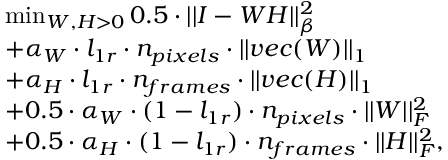
\begin{array} { r l } & { \operatorname* { m i n } _ { W , H > 0 } 0 . 5 \cdot | | I - W H | | _ { \beta } ^ { 2 } } \\ & { + \alpha _ { W } \cdot l _ { 1 r } \cdot n _ { p i x e l s } \cdot | | v e c ( W ) | | _ { 1 } } \\ & { + \alpha _ { H } \cdot l _ { 1 r } \cdot n _ { f r a m e s } \cdot | | v e c ( H ) | | _ { 1 } } \\ & { + 0 . 5 \cdot \alpha _ { W } \cdot ( 1 - l _ { 1 r } ) \cdot n _ { p i x e l s } \cdot | | W | | _ { F } ^ { 2 } } \\ & { + 0 . 5 \cdot \alpha _ { H } \cdot ( 1 - l _ { 1 r } ) \cdot n _ { f r a m e s } \cdot | | H | | _ { F } ^ { 2 } , } \end{array}